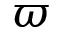
\varpi